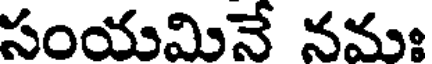
సంయమినే నమః